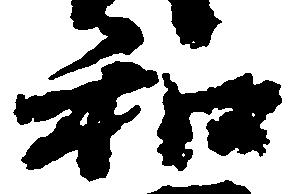
和